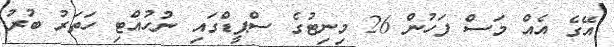
އޭގެ އެއް މަސް ފަހުން 26 މިނިޓުގެ ސްޕީޑްގައި ނުހުއްޓި ހަތަރު ބުރު